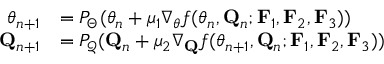
\begin{array} { r l } { \boldsymbol { \theta } _ { n + 1 } } & { = P _ { \Theta } ( \boldsymbol { \theta } _ { n } + \mu _ { 1 } \nabla _ { \boldsymbol { \theta } } f ( \boldsymbol { \theta } _ { n } , \mathbf { Q } _ { n } ; \mathbf { F } _ { 1 } , \mathbf { F } _ { 2 } , \mathbf { F } _ { 3 } ) ) } \\ { \mathbf { Q } _ { n + 1 } } & { = P _ { \mathcal { Q } } ( \mathbf { Q } _ { n } + \mu _ { 2 } \nabla _ { \mathbf { Q } } f ( \boldsymbol { \theta } _ { n + 1 } , \mathbf { Q } _ { n } ; \mathbf { F } _ { 1 } , \mathbf { F } _ { 2 } , \mathbf { F } _ { 3 } ) ) } \end{array}